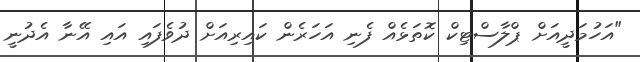
"އަހުމަދީއަށް ޕްލާސްޓިކް ކޮތަޅެއް ފެނި އަހަރެން ކައިރިއަށް ދުވެފައި އައި އޭނާ އެދުނީ